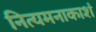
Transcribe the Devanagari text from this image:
नित्यमनाकाशं